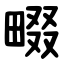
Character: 畷